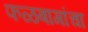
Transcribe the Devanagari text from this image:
फळबागांचा